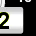
Digit: 2